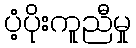
ပံ့ပိုးကူညီမှု